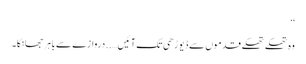
‘‘
وہ تھکے تھکے قدموں سے ڈیوڑھی تک آئیں…..دروازے سے باہر جھانکا۔